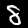
Digit: 8